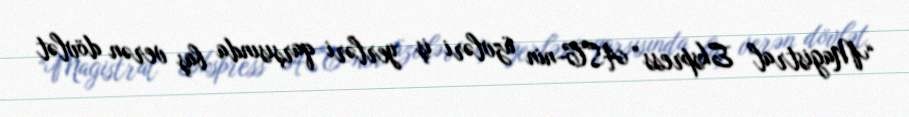
“Magistral Ekspress” ASC-nin üzvləri iş yerləri qarşısında baş verən dövlət